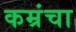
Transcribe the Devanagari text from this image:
कम्रंचा